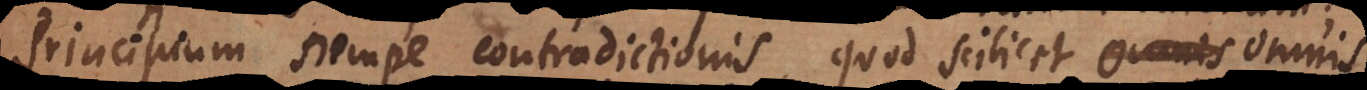
Principium nempe contradictionis, quod scilicet omnis